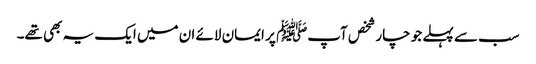
سب سے پہلے جو چار شخص آپﷺ پر ایمان لائے ان میں ایک یہ بھی تھے۔